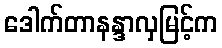
ဒေါက်တာနန္ဒာလှမြင့်က